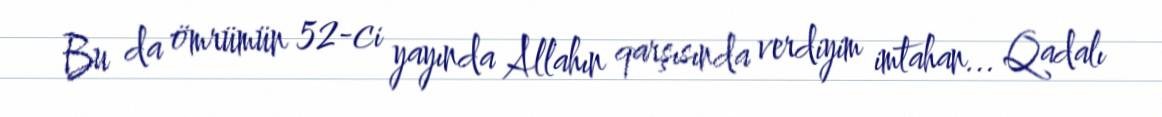
Bu da ömrümün 52-ci yayında Allahın qarşısında verdiyim imtahan... Qadalı